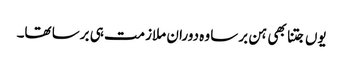
یوں جتنا بھی ہن برسا وہ دوران ملازمت ہی برسا تھا۔